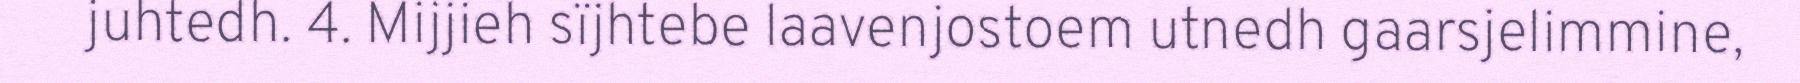
juhtedh. 4. Mijjieh sïjhtebe laavenjostoem utnedh gaarsjelimmine,